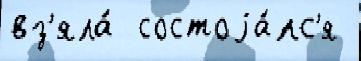
вз'яла́  состоjа́лс'я